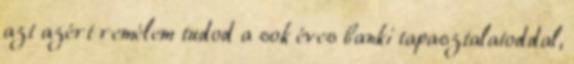
azt azért remélem tudod a sok éves banki tapasztalatoddal,